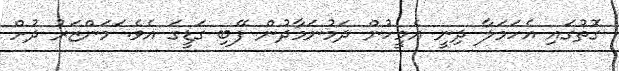
ގޮތުގައި އެހަމަލާ ދިނީ އެމީހުން ދަމުނަމާދުން ފޭބި ގަޑީގަ އެވެ. ަމަންޒަރު ދުށް